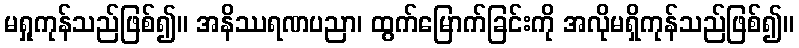
မရှုကုန်သည်ဖြစ်၍။ အနိဿရဏပညာ၊ ထွက်မြောက်ခြင်းကို အလိုမရှိကုန်သည်ဖြစ်၍။